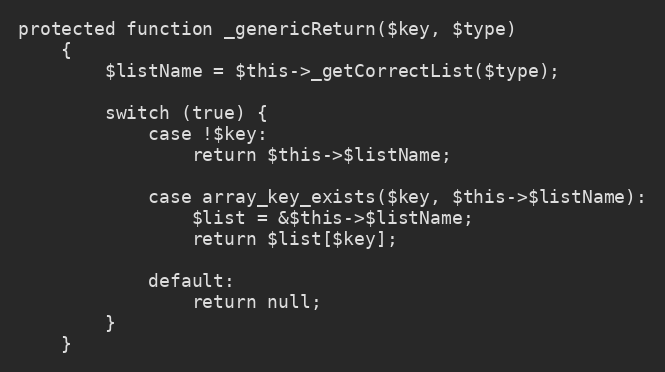
Language: PHP
protected function _genericReturn($key, $type)
    {
        $listName = $this->_getCorrectList($type);

        switch (true) {
            case !$key:
                return $this->$listName;

            case array_key_exists($key, $this->$listName):
                $list = &$this->$listName;
                return $list[$key];

            default:
                return null;
        }
    }